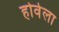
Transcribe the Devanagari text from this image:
होवेला